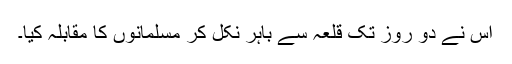
اس نے دو روز تک قلعہ سے باہر نکل کر مسلمانوں کا مقابلہ کیا۔